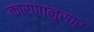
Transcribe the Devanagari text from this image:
कारणानुसार